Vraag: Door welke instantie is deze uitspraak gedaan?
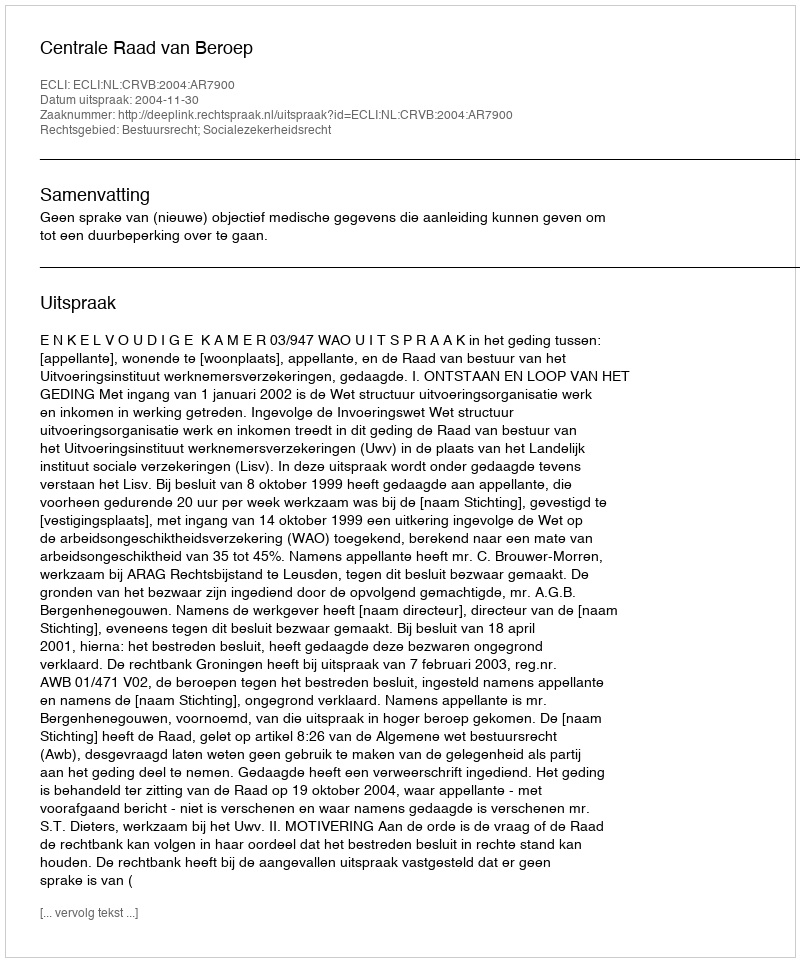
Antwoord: Centrale Raad van Beroep